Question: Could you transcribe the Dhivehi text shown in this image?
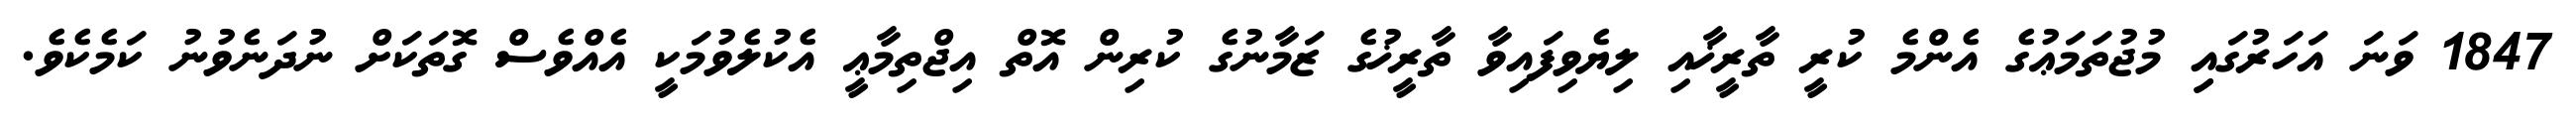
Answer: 1847 ވަނަ އަހަރުގައިި މުޖުތަމަޢުގެ އެންމެ ކުރީ ތާރީޚާއި ލިޔެވިފައިވާ ތާރީޚުގެ ޒަމާނުގެ ކުރިން އޮތް އިޖްތިމާޢީ އެކުލެވުމަކީ އެއްވެސް ގޮތަކަށް ނުދަނެވުނު ކަމެކެވެ.